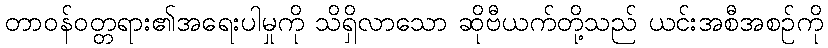
တာဝန်ဝတ္တရား၏အရေးပါမှုကို သိရှိလာသော ဆိုဗီယက်တို့သည် ယင်းအစီအစဉ်ကို